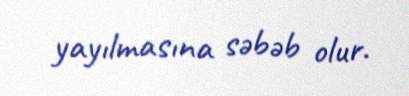
yayılmasına səbəb olur.